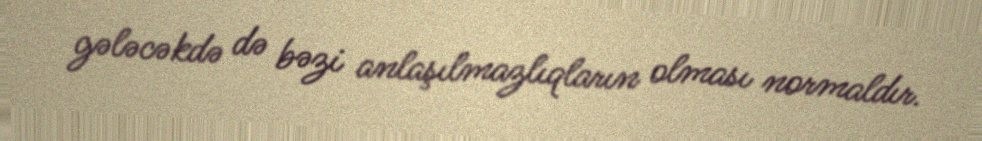
gələcəkdə də bəzi anlaşılmazlıqların olması normaldır.